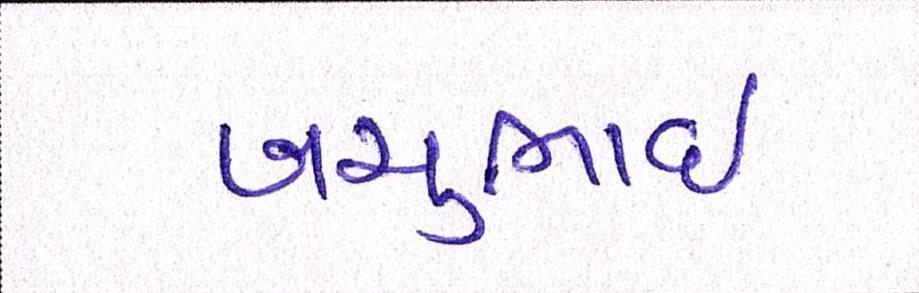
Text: બચુભાઈ